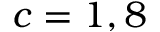
c = 1 , 8